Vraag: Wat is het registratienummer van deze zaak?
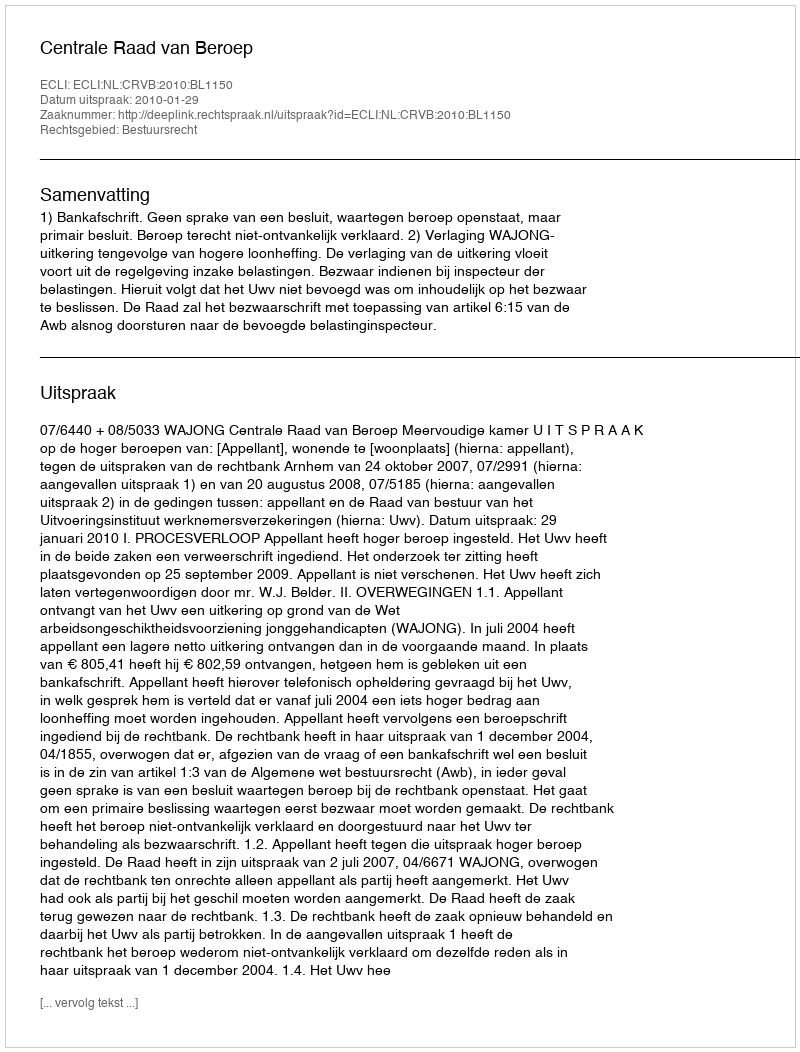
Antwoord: http://deeplink.rechtspraak.nl/uitspraak?id=ECLI:NL:CRVB:2010:BL1150